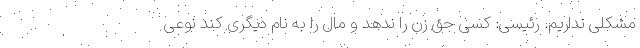
مشکلی نداریم. رئیسی: کسی حق زن را ندهد و مال را به نام دیگری کند نوعی